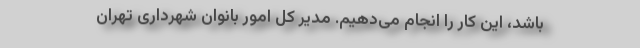
باشد، این کار را انجام می‌دهیم. مدیر کل امور بانوان شهرداری تهران